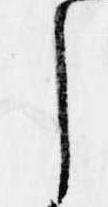
し